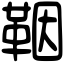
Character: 鞇